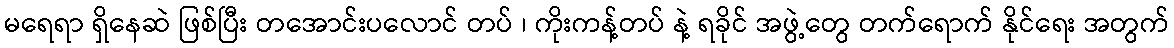
မရေရာ ရှိနေဆဲ ဖြစ်ပြီး တအောင်းပလောင် တပ် ၊ ကိုးကန့်တပ် နဲ့ ရခိုင် အဖွဲ့တွေ တက်ရောက် နိုင်ရေး အတွက်